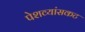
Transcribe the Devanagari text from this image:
पेशव्यांसकट